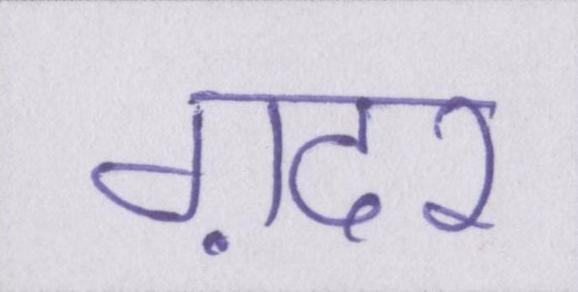
ग़दर